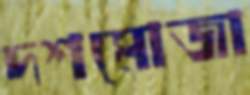
দশমোজা